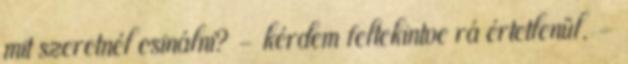
mit szeretnél csinálni? - kérdem feltekintve rá értetlenül. -